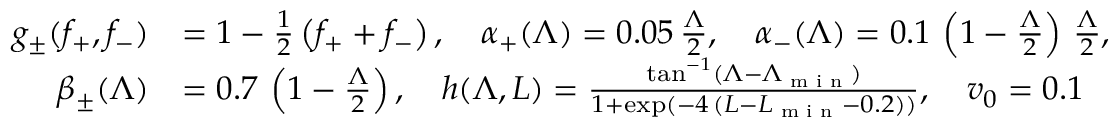
\begin{array} { r l } { g _ { \pm } ( f _ { + } , f _ { - } ) } & { = 1 - \frac 1 2 \left( f _ { + } + f _ { - } \right) , \quad \alpha _ { + } ( \Lambda ) = 0 . 0 5 \, \frac { \Lambda } 2 , \quad \alpha _ { - } ( \Lambda ) = 0 . 1 \, \left( 1 - \frac { \Lambda } 2 \right) \, \frac { \Lambda } 2 , } \\ { \beta _ { \pm } ( \Lambda ) } & { = 0 . 7 \, \left( 1 - \frac { \Lambda } 2 \right) , \quad h ( \Lambda , L ) = \frac { \tan ^ { - 1 } ( \Lambda - \Lambda _ { \textup { m i n } } ) } { 1 + \exp ( - 4 \, ( L - L _ { \textup { m i n } } - 0 . 2 ) ) } , \quad v _ { 0 } = 0 . 1 } \end{array}